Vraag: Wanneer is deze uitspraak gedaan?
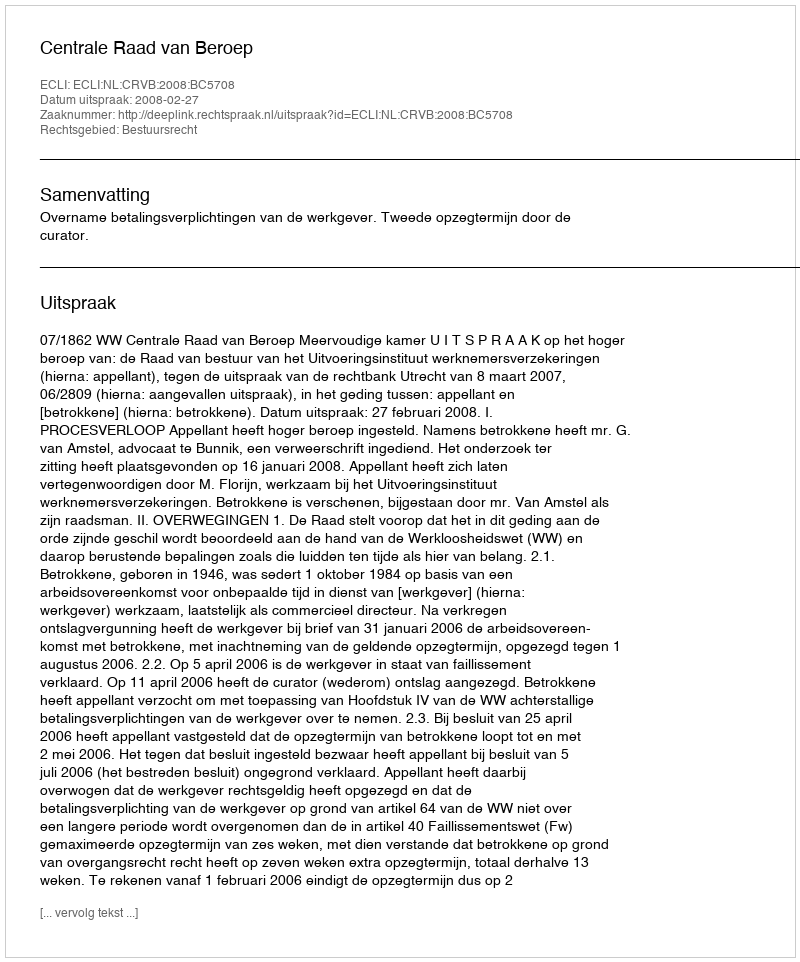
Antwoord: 2008-02-27